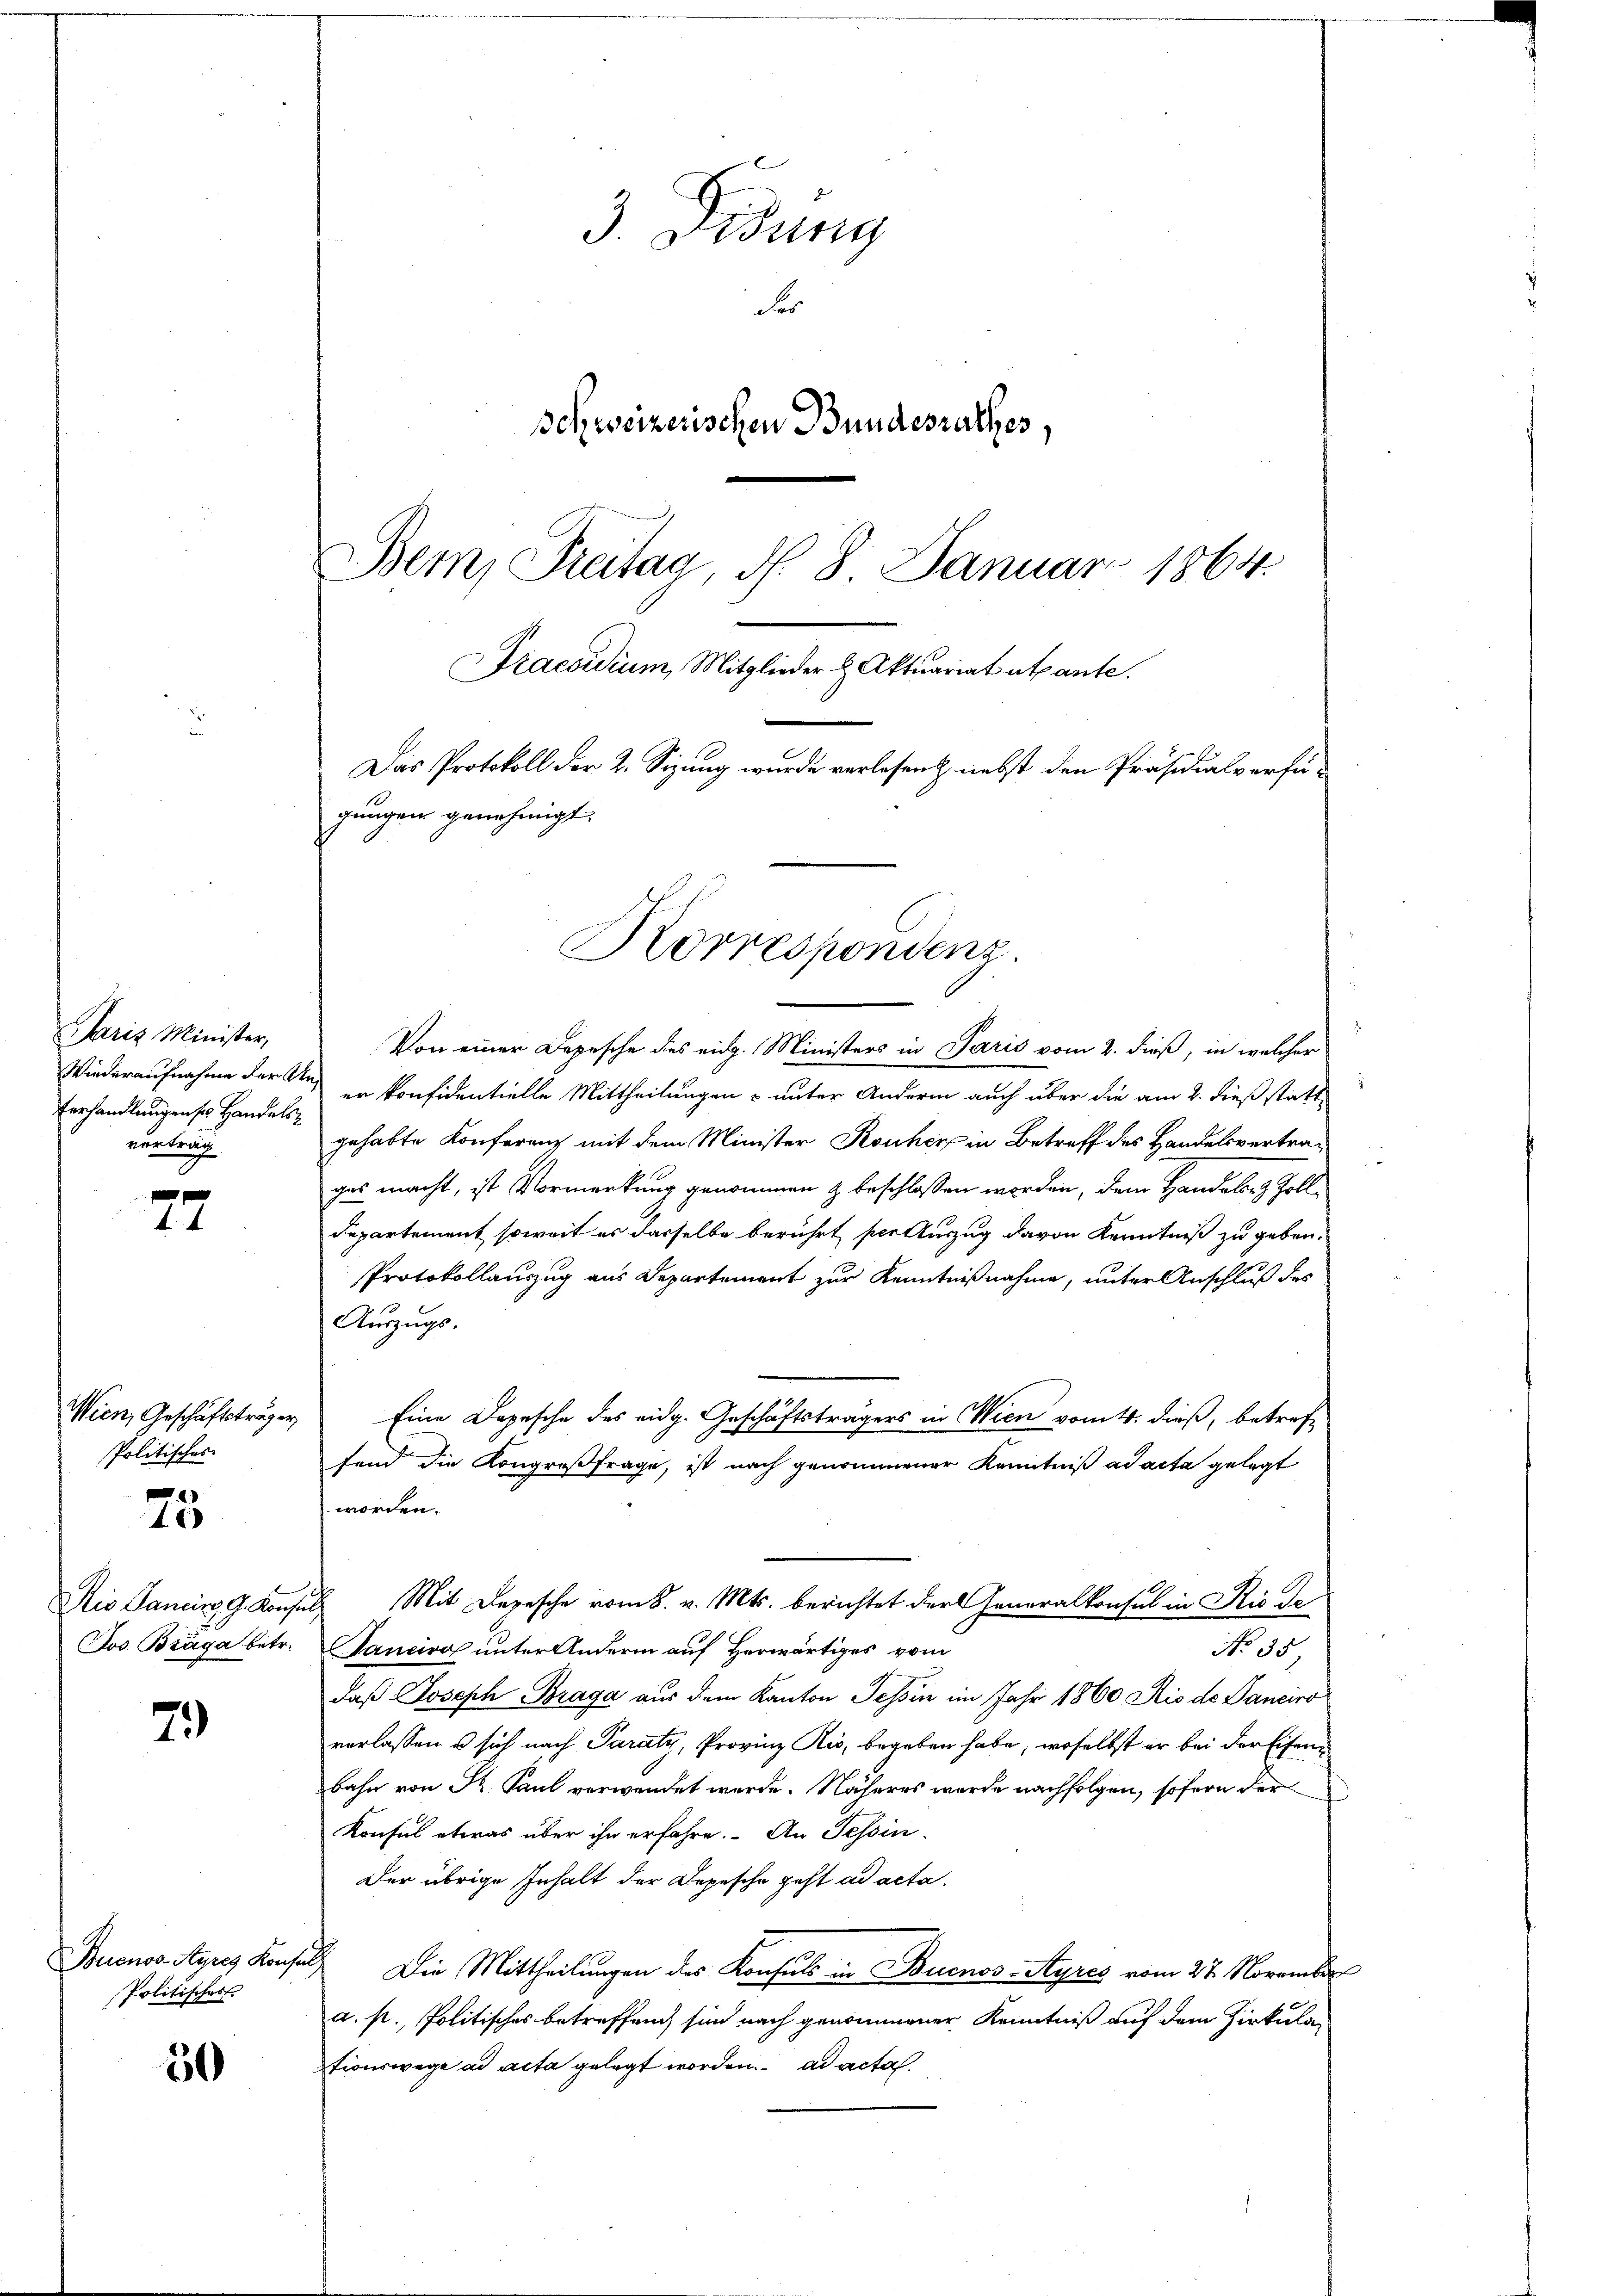
Paris Minister,
Wiederaufnahme der Unterhandlungen ser Handelsvertrag

77

Wien, Geschäftsträger
Politisches
Rie Janein G. Kons.
Jos. Bräga betr.

.
40

79

Buenos-Ayres Konsen
Politisches

50

3. Didung
Fer
schweizerischen Bundesrathes,
Bem, Freitag, d. 8. Januar 1864.

Das Protokoll der 2. Sizung wurde verlesen nebst den Präsidialverfügungen genehmigt.
Korrespondenz.

Praesidium, Mitglieder & Aktuariat abante.

Von einer Depesche des eidg. Ministers in Paris vom 2. dieß, in welcher
er konfidentielle Mittheilungen – unter Andern auch über die am 2. dieß statt
gehabte Konferenz mit dem Minister Konher in Betreff des Handelsvertrages macht, ist Vormerkung genommen & beschlossen worden, dem Handels- & Zolldepartement, soweit es dasselbe berührt ser Auszug davon Kenntniß zu geben.
Protokollauszug aus Departement zur Kenntnißnahme, unter Anschluß des
Auszugs-
Eine Depesche des eidg. Geschäftsträgers in Wien vom 4. dieß, betreff
fend die Kongroßfrage, ist nach genommener Kenntniß ad acta gelegt
worden.
 Mit Depesche vom 8. v. Mts. berichtet der Generalkonsul in Rio de
Tancirol unter Anderen auf Herwärtiges vom
No 35.
daß Joseph Braga aus dem Kanton Tessin im Jahr 1860 Rio de Sanciro
verlassen u sich nach Paraty, Provinz Rio, begeben habe, woselbst er bei der Eisenbahn von K. Paul verwendet werde. Näheres wurde nachfolgen, sofern der
Konsul etwas über ihn erfahre. An Tessin
Der übrige Inhalt der Depesche geht ad acta.
 Die Mittheilungen des Konsuls in Buenos-Ayres vom 27. November
a. p., Politisches Betreffend sind nach genommener Kenntniß auf dem Zirkulationswege ad acta gelegt worden. ad acta.